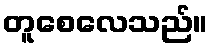
တူစေလေသည်။